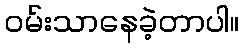
ဝမ်းသာနေခဲ့တာပါ။